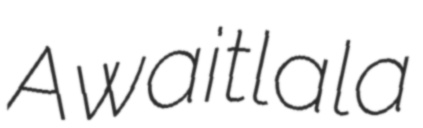
Awaitlala